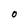
Character: O